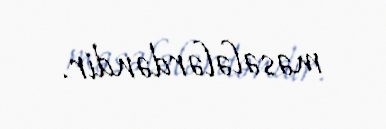
məsələlərdəndir.